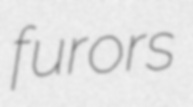
furors